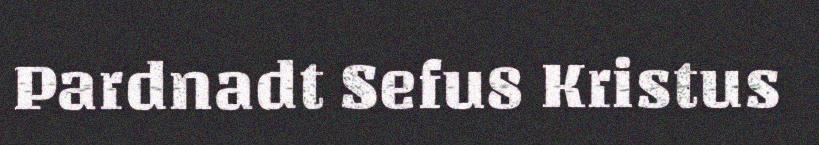
Pardnadt Sefu8 Kristus